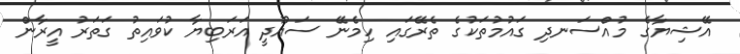
އޭޝިޔާގެ މުއްސަނދި ގައުމުތަކުގެ ތެރޭގައި ހިމެނޭ ސައޫދީ އަރަބިޔާ ކުވައިތު ގަތަރު އީރާން